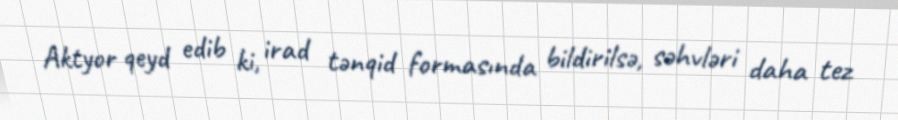
Aktyor qeyd edib ki, irad tənqid formasında bildirilsə, səhvləri daha tez